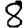
Digit: 8